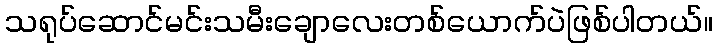
သရုပ်ဆောင်မင်းသမီးချောလေးတစ်ယောက်ပဲဖြစ်ပါတယ်။